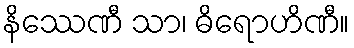
နိဿေဏီ သာ၊ ဓိရောဟိဏီ။